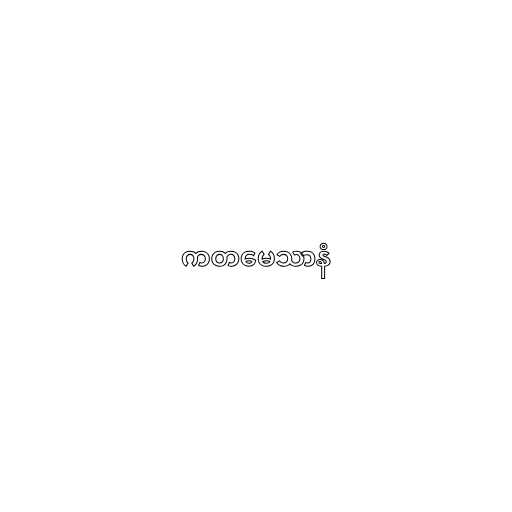
ကတမေသာနံ